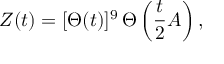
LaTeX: Z ( t ) = [ \Theta ( t ) ] ^ { 9 } \, \Theta \left( { \frac { t } { 2 } } A \right) ,